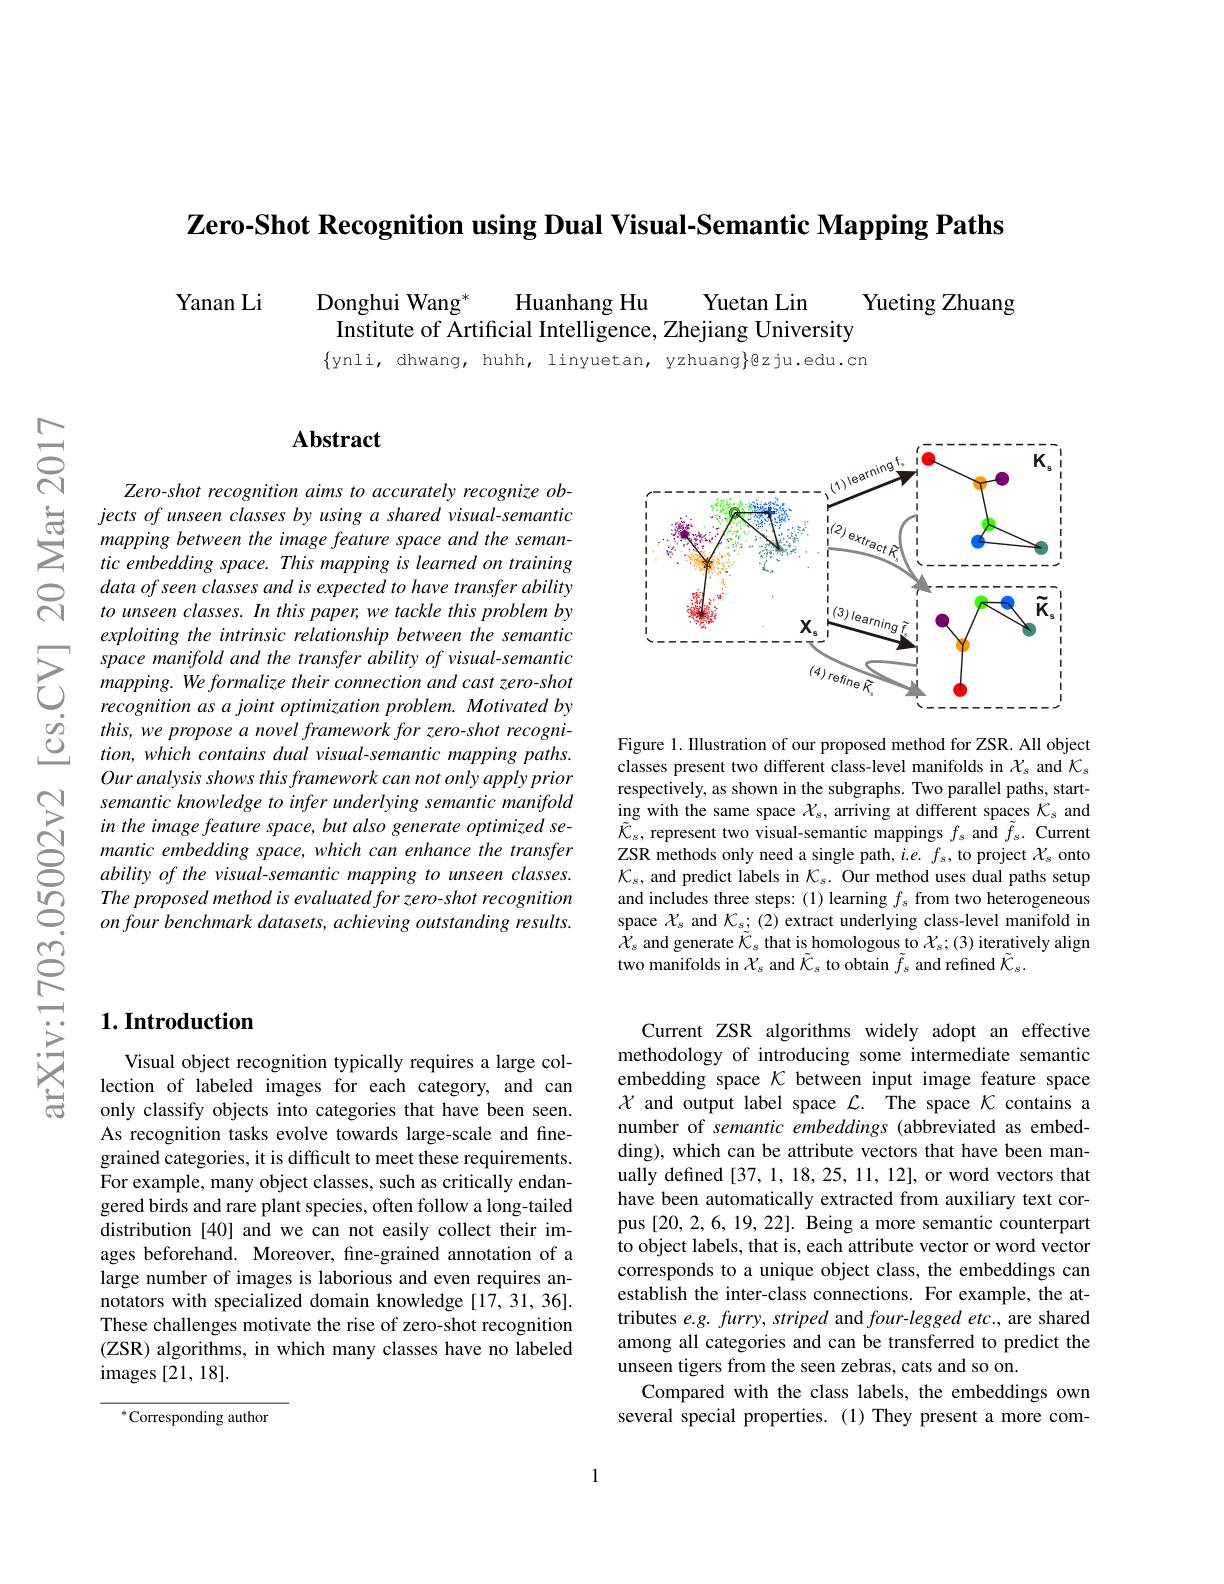
$\textbf{Zero- Shot Recognition using Dual Visual- Semantic Mapping Paths}$

Yanan Li

Huanhang Hu
Yuetan Lin
Donghui Wang$^*$
Yueting Zhuang
Institute of Artificial Intelligence, Zhejiang University

$\{$ynli, dhwang, huhh, linyuetan, yzhuang}g,g,edu.cn

## $\mathbf{Abstract}$

Zero-shot recognition aims to accurately recognize objectsofunseen classes by using a shared visual-semantic mapping between the image feature space and the semantic embedding space. This mapping is learned on training data of seen classes and is expected to have transfer ability to unseen classes. In this paper, we tackle this problem by exploiting the intrinsic relationship between the semantic space manifold and the transfer ability of visual-semantic mapping. We formalize their connection and cast zero-shot recognition as a joint optimization problem. Motivated by $this,weproposeanovelframeworkforzero-shotrecogni-$ tion, which contains dual visual-semantic mapping paths. Our analysis shows this framework can not only apply prior semantic knowledge to infer underlying semantic manifold in the image feature space, but also generate optimized semantic embedding space, which can enhance the transfer ability of the visual-semantic mapping to unseen classes. The proposed method is evaluated for zero-shot recognition onfourbenchmark datasets, achieving outstanding results.

<FigureHere>

Figure 1. Illustration of our proposed method for ZSR. All object classes present two different class-level manifolds in $\chi_s$ and $\mathcal{K}_s$ respectively, as shown in the subgraphs. Two parallel paths, starting with the same space $\mathcal{X}_s$, arriving at different spaces $\mathcal{K}_s$ and $\tilde{\mathcal{K}}_{s}$, represent two visual-semantic mappings $f_{s}$ and $\tilde{f}_{s}.$ Current ZSR methods only need a single path, $i.e.f_s$, to project $\mathcal{X}_s$ onto $\mathcal{K}_s$, and predict labels in $\mathcal{K}_s.$ Our method uses dual paths setup and includes three steps: (1) learning $f_s$ from two heterogeneous space $\mathcal{X}_s$ and $\mathcal{K}_s;(2)$ extract underlying class-level manifold in $\tilde{\mathcal{X}}_{s}$ and generate $\tilde{\mathcal{K}}_{s}$ that is homologous to $\chi_s;(3)$ iteratively align two manifolds in $\mathcal{X}_{s}$ and $\tilde{\mathcal{K}}_{s}$ to obtain $\tilde{f}_{s}$ and refined $\tilde{\mathcal{K}}_{s}.$

Current ZSR algorithms widely adopt an effective methodology of introducing some intermediate semantic embedding space $\mathcal{K}$ between input image feature space $\mathcal{X}$ and output label space $\mathcal{L} .$ The space $\mathcal{K}$ contains a number of semantic embeddings (abbreviated as embedding), which can be attribute vectors that have been manually defined [37,1,18,25,11,12], or word vectors that have been automatically extracted from auxiliary text corpus [20,2,6,19,22]. Being a more semantic counterpart to object labels, that is, each attribute vector or word vector corresponds to a unique object class, the embeddings can establish the inter-class connections. For example, the attributes $e.g.furry,striped$ and four-legged etc., are shared among all categories and can be transferred to predict the unseen tigers from the seen zebras, cats and so on
Compared with the class labels, the embeddings own several special properties. (1) They present a more com-

## $1. \textbf{Introduction}$

Visual object recognition typically requires a large collection of labeled images for each category, and can only classify objects into categories that have been seen. As recognition tasks evolve towards large-scale and finegrained categories, it is difficult to meet these requirements. For example, many object classes, such as critically endangered birds and rare plant species, often follow a long-tailed distribution [40] and we can not easily collect their images beforehand. Moreover, fne-grained annotation of a large number of images is laborious and even requires annotators with specialized domain knowledge [17,31,36]. These challenges motivate the rise of zero-shot recognition (ZSR) algorithms, in which many classes have no labeled images [21,18].

$^{*}$Corresponding author

1